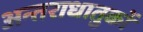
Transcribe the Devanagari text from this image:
अन्तराधातुकों